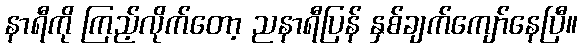
နာရီကို ကြည့်လိုက်တော့ ညနာရီပြန် နှစ်ချက်ကျော်နေပြီ။